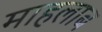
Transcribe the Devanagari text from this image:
माहलाब